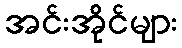
အင်းအိုင်များ